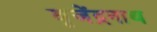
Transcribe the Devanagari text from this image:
बृजेंद्रनाथ